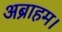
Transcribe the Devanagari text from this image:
अब्राहम।